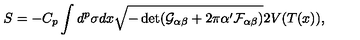
S = - C _ { p } \int d ^ { p } \sigma d x \sqrt { - \det ( \mathcal { G } _ { \alpha \beta } + 2 \pi \alpha ^ { \prime } \mathcal { F } _ { \alpha \beta } ) } 2 V ( T ( x ) ) ,